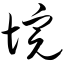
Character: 垸